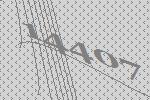
14407